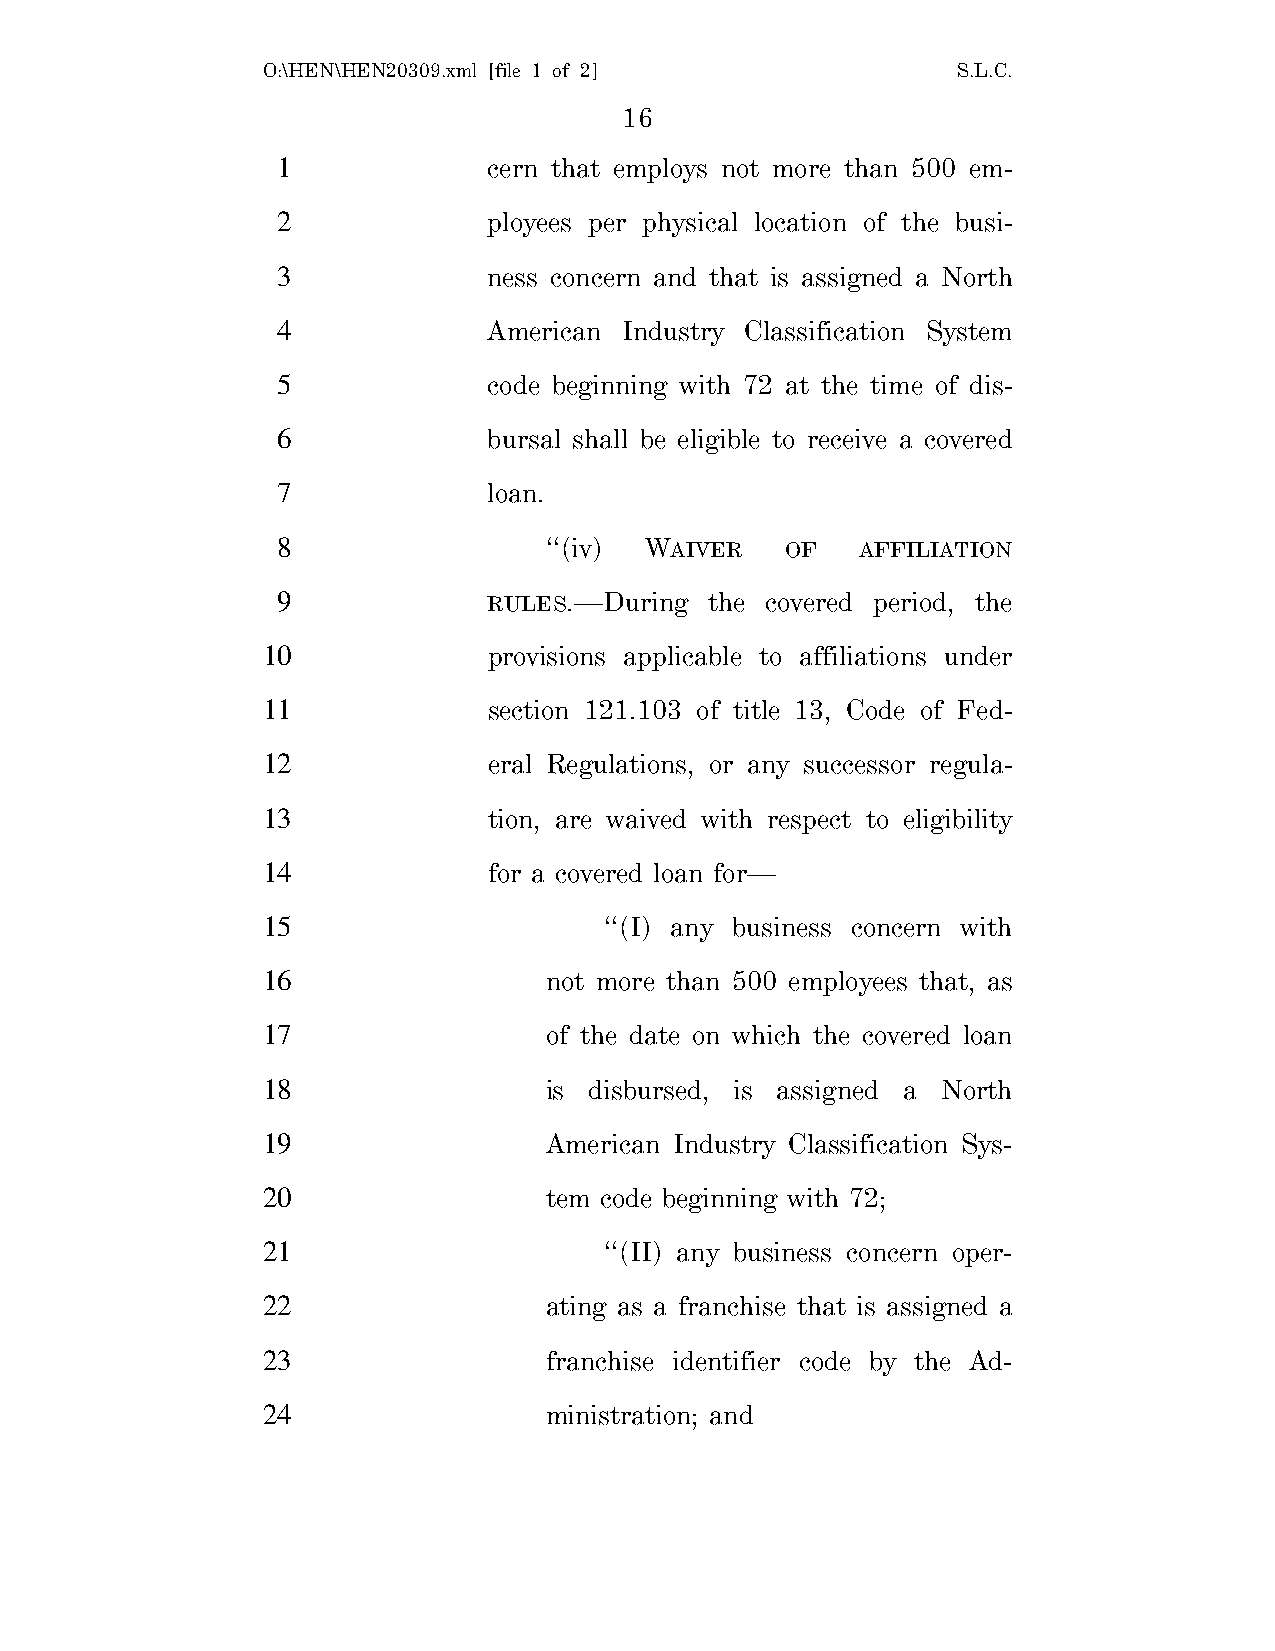
O:\HEN\HEN20309.xml [file 1 of 2]             S.L.C.
 16
 1             cern that employs not more than 500 em-
 2             ployees per physical location of the busi-
 3             ness concern and that is assigned a North
 4             American Industry Classification System
 5             code beginning with 72 at the time of dis-
 6             bursal shall be eligible to receive a covered
 7             loan.
 8                 ‘‘(iv) WAIVER   OF   AFFILIATION
 9             RULES.—During  the covered period, the
 10             provisions applicable to affiliations under
 11             section 121.103 of title 13, Code of Fed-
 12             eral Regulations, or any successor regula-
 13             tion, are waived with respect to eligibility
 14             for a covered loan for—
 15                     ‘‘(I) any business concern with
 16                 not more than 500 employees that, as
 17                 of the date on which the covered loan
 18                 is disbursed, is assigned a North
 19                 American Industry Classification Sys-
 20                 tem code beginning with 72;
 21                     ‘‘(II) any business concern oper-
 22                 ating as a franchise that is assigned a
 23                 franchise identifier code by the Ad-
 24                 ministration; and